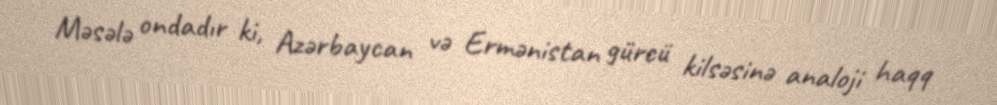
Məsələ ondadır ki, Azərbaycan və Ermənistan gürcü kilsəsinə analoji haqq